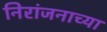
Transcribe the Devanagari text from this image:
निरांजनाच्या